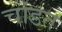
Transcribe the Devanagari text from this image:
चांडत